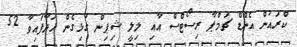
ކްރައުން އެންޑް ޗަމްޕާ ރިސޯޓްސް އާއި ލިލީ ޝިޕިން ގުޅިގެން ހަދާފައިވާ 52